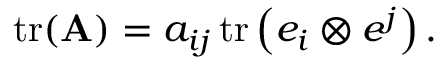
\operatorname { t r } ( \mathbf { A } ) = a _ { i j } \operatorname { t r } \left( e _ { i } \otimes e ^ { j } \right) .